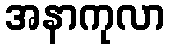
အနာကုလာ